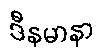
ဒီနမာနာ